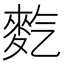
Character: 𪌇